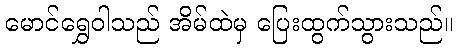
မောင်ရွှေဝါသည် အိမ်ထဲမှ ပြေးထွက်သွားသည်။